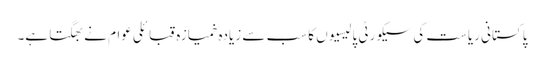
پاکستانی ریاست کی سیکورٹی پالیسیوں کا سب سے زیادہ خمیازہ قبائلی عوام نے بھگتا ہے۔